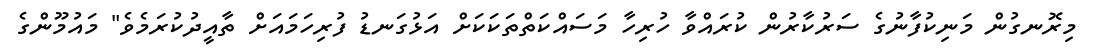
މިރޮނގުން މަނިކުފާނުގެ ސަރުކާރުން ކުރައްވާ ހުރިހާ މަސައްކަތްތަކަކަށް އަޅުގަނޑު ފުރިހަމައަށް ތާއީދުކުރަމެވެ" މައުމޫންގެ